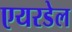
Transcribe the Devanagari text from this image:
एयरडेल